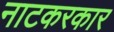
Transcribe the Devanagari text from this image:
नाटकरकार